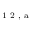
^ \textrm { \scriptsize 1 2 , a }